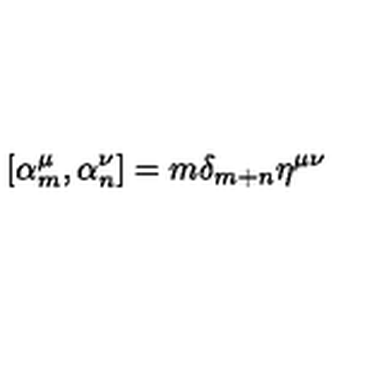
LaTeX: \left[ { \alpha } _ { m } ^ { \mu } , { \alpha } _ { n } ^ { \nu } \right] = m { \delta } _ { m + n } { \eta } ^ { \mu \nu }